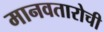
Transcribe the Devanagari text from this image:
मानवतारोची